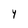
Character: Y